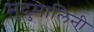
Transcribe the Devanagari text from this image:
मुदुमालिनी